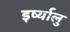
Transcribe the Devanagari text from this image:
इर्ष्यालु